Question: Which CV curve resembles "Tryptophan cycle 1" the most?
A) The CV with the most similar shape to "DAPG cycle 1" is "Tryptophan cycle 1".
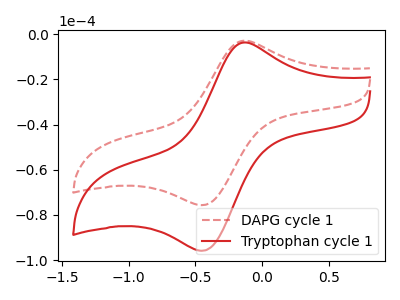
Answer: <think>The red dashed curve "DAPG cycle 1" has an anodic peak at (-0.15V, -2.95uA) and a cathodic peak at (-0.45V, -75.65uA). The red curve "Tryptophan cycle 1" has an anodic peak at (-0.15V, -3.75uA) and a cathodic peak at (-0.45V, -95.85uA).
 All the peaks in "DAPG cycle 1" have a peak in "Tryptophan cycle 1" at the same potential.</think>
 <answer>A) The CV with the most similar shape to "DAPG cycle 1" is "Tryptophan cycle 1".</answer>
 <eval>A</eval>